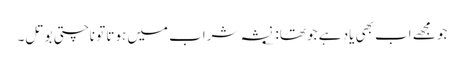
جو مجھے اب بھی یاد ہے جو تھا: ؂ نشہ شراب میں ہوتا تو ناچتی بوتل۔